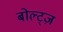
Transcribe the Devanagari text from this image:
बोल्ट्ज़